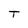
Character: T